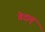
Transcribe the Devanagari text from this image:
वेदाग्